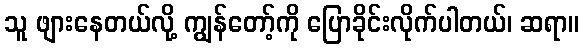
သူ ဖျားနေတယ်လို့ ကျွန်တော့်ကို ပြောခိုင်းလိုက်ပါတယ်၊ ဆရာ။